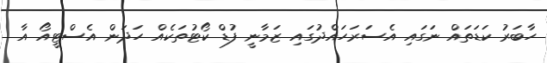
ހާބަރު ކަޑަތައް ނަގައި އެސަރަހައްދުގައި ޒަމާނީ ފުޑް ކޯޓުތަކެއް ހަދަން އެސްޓީއޯ އާ